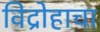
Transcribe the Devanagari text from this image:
विद्रोहाचा